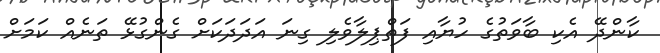
ކާންދޭ އެކި ބާވަތުގެ ހުޔާއި ފަތްޕިލާވެލި ގިނަ އަދަދަކަށް ގެންގުޅޭ ތަނެއް ކަމަށް